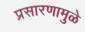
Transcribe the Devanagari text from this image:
प्रसारणामुळे